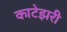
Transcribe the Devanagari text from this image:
काटेझरी